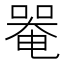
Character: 𠼅